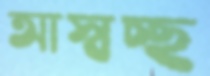
আস্বচ্ছ